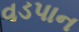
વડપાન